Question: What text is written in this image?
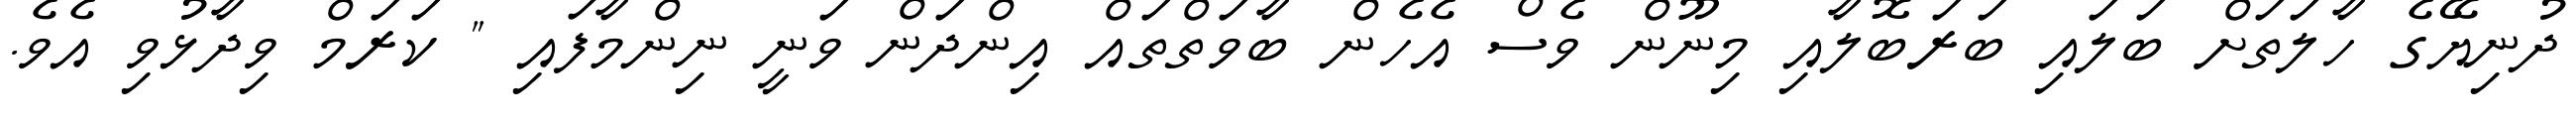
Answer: ދުނިޔޭގެ ހާލަތަށް ބަލައި ބަރަބޮލާއި މިނޫން ވެސް އެހެން ބާވަތްތައް އިންދަން ވަނީ ނިންމާފައި " ކަރަމް ވިދާޅުވި އެވެ.